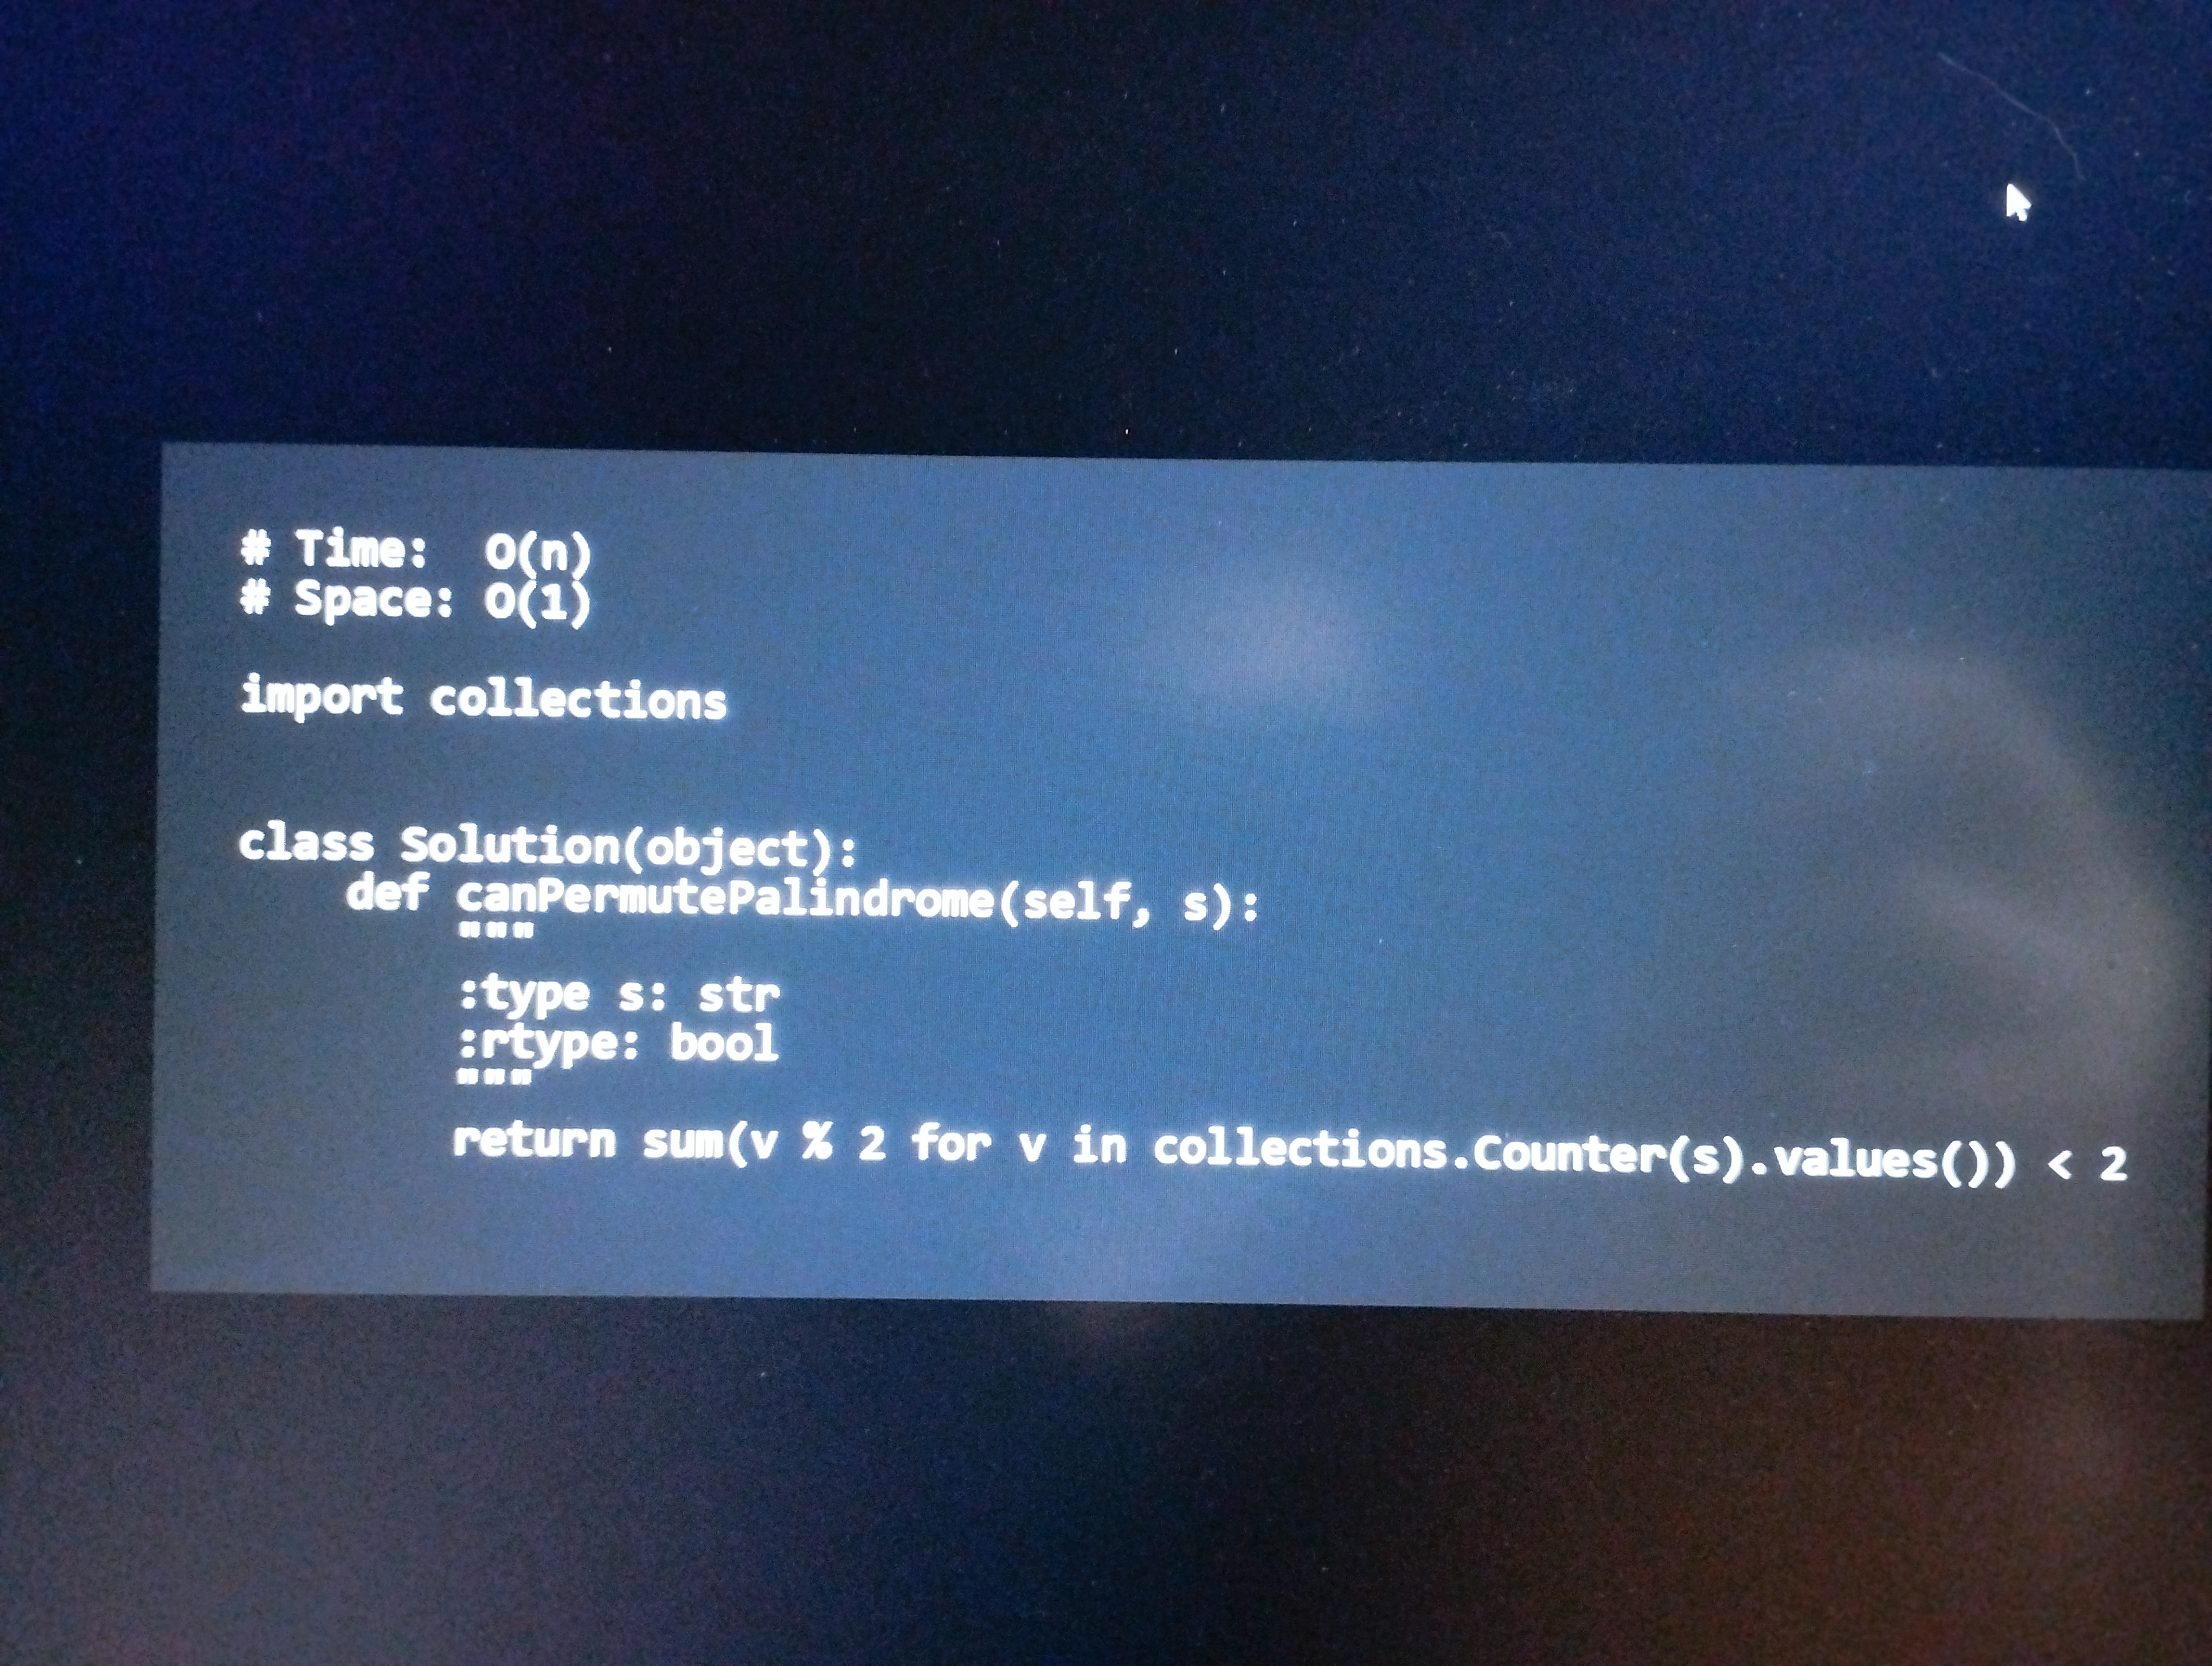
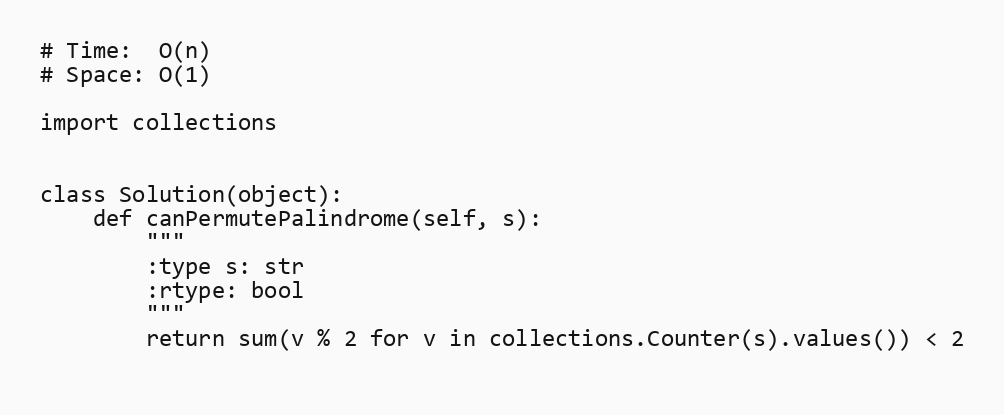
# Time:  O(n)
# Space: O(1)

import collections

class Solution(object):
    def canPermutePalindrome(self, s):
        """
        :type s: str
        :rtype: bool
        """
        return sum(v % 2 for v in collections.Counter(s).values()) < 2